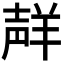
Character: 𮊩